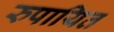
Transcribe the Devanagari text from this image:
रुपायित